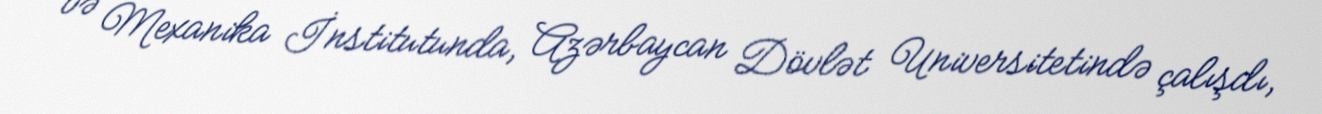
və Mexanika İnstitutunda, Azərbaycan Dövlət Universitetində çalışdı,